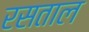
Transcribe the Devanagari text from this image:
रसताल